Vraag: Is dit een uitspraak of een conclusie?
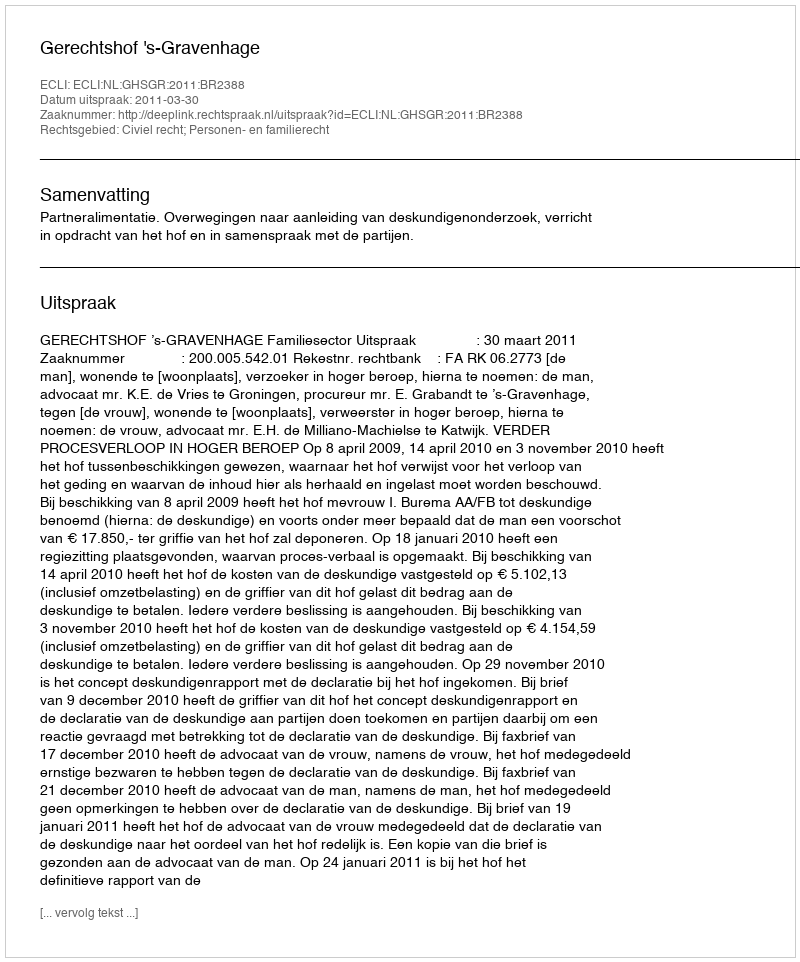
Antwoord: Uitspraak